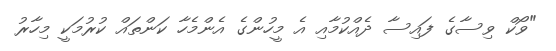
"ވޯކް ވިސާގެ ފައިސާ ދެއްކުމާއި އެ މީހުންގެ އެންމެހާ ކަންތައް ކުރުމަކީ މިހާރު